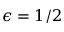
\epsilon = 1 / 2